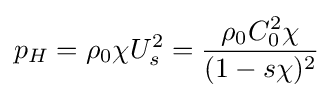
p_{H}=\rho _{0}\chi U_{s}^{2}={\frac {\rho _{0}C_{0}^{2}\chi }{(1-s\chi )^{2}}}